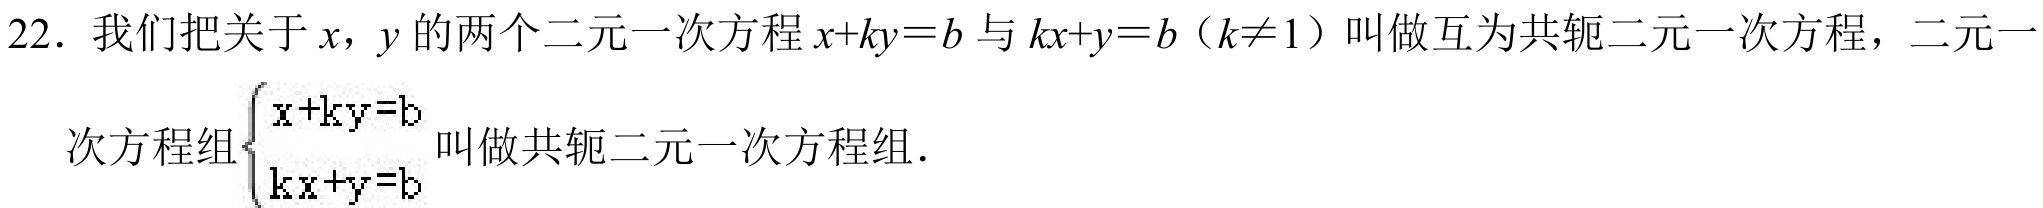
22．我们把关于\(x\)，\(y\)的两个二元一次方程\(x + ky = b\)与\(kx + y = b（k\neq1）\)叫做互为共轭二元一次方程，二元一次方程组\(\begin{cases}
x + ky = b\\
kx + y = b
\end{cases}\)叫做共轭二元一次方程组．